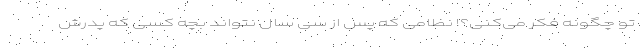
تو چگونه فکر می‌کنی؟! نظامی که پس از سی سال نتواند بچه کسی که پدرش